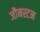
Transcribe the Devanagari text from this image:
जौनस्टन